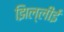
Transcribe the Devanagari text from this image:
झिल्लीई